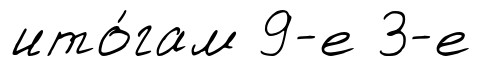
ито́гам 9-е 3-е